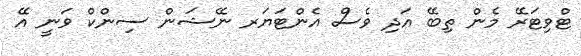
ޓްވިޓަރޭ މެން ތިބޭ އަދި ވެސް އެންޓަޔަރ ނޭޝަން ސިންކް ވަނީ އޭ